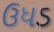
ઉધડ